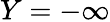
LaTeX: Y=-\infty